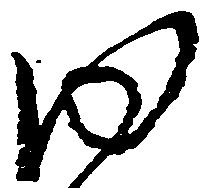
ゆ